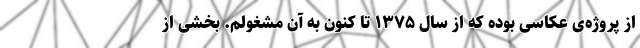
از پروژه‌ی عکاسی بوده که از سال ۱۳۷۵ تا کنون به آن مشغولم. بخشی از